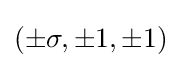
(\pm \sigma ,\pm 1,\pm 1)